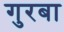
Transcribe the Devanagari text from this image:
गुरबा